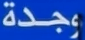
وجدة